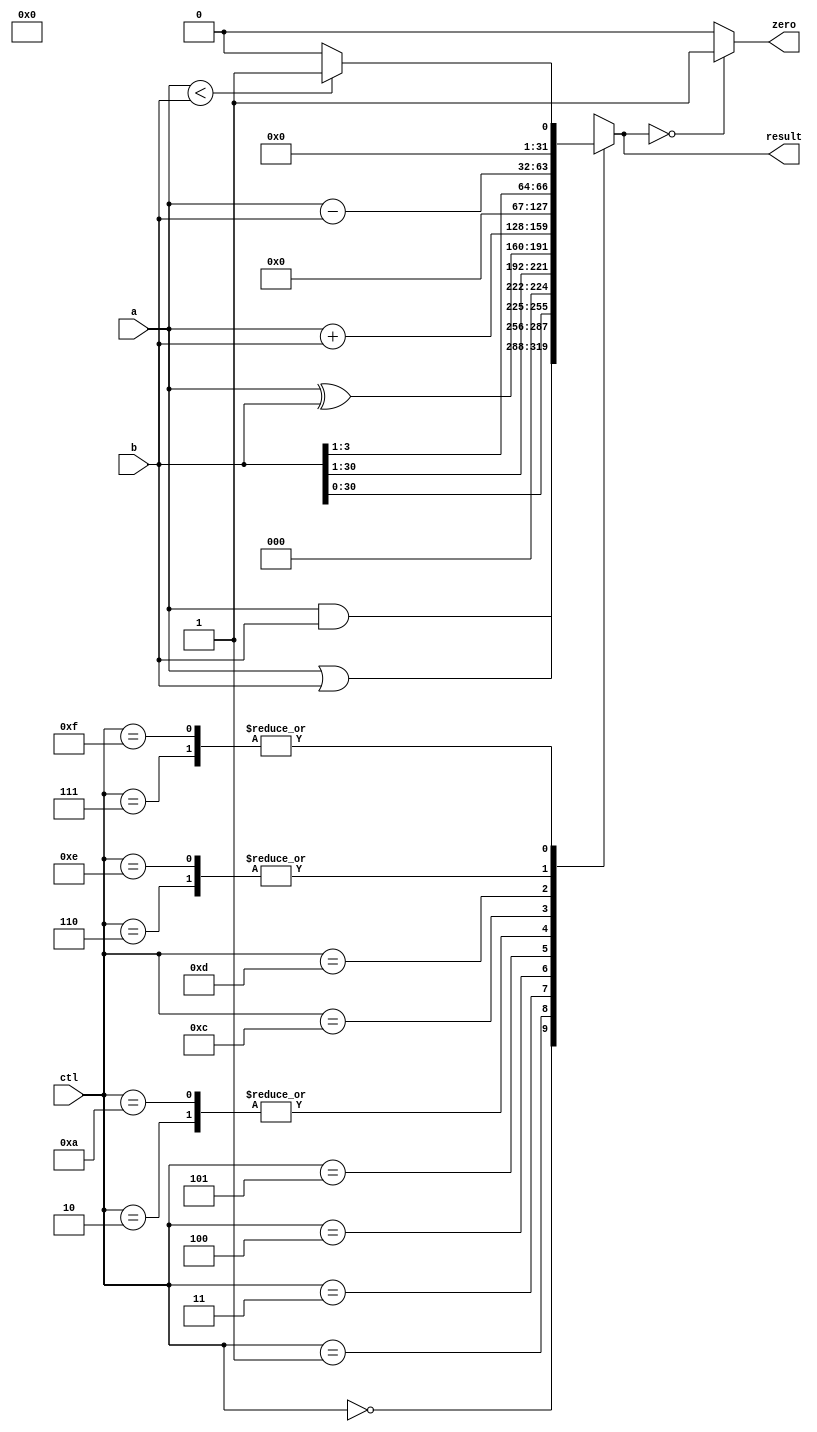

module ALU(a,b,ctl,result,zero); 

 input [31:0] a,b;         // port A,B 
 input [3:0] ctl ;			 // carry input from carry flag register 
 output [31:0] result;        // the result 
 output  zero ;            // zero output 
         // functionality control for ALU       // ALU result 

 assign result = alu_out(a,b,ctl); 
 assign zero   = z_flag(result) ; 
   reg [31:0] cin ; 

  initial
	begin
	cin = 32'b0;    
	
   end 
 
 function [31:0] alu_out; 
   input  [31:0] a,b ; 
   input  [3:0] ctl ; 

  


   case ( ctl ) 
       4'b0000: alu_out=a&b;                  // AND 
       4'b0001: alu_out=a|b ;         // OR
       4'b0010: alu_out=a+b ;         // ADDU
       4'b0011: alu_out={b[30:0],1'b0};                // SLL  
       4'b0100: alu_out={1'b0,b[30:1]};            // SRL 
       4'b0101: alu_out=a^b ;               // XOR
       4'b0110: alu_out=a-b;         // SUBU
       4'b0111: alu_out=(a < b)?32'd1:32'd0;                // SLT 
       4'b1010: alu_out=a+b;      // ADDS
       4'b1100: alu_out={b[3:0],cin};       //  
       4'b1101: alu_out={b[0],cin,b[3:1]};  // 
	   4'b1110: alu_out=a-b;       // SUBS
	   4'b1111: alu_out=(a < b)?32'd1:32'd0;       //SLTU 
	   
	   
	   


	   
         default : begin 
                     alu_out=9'bxxxxxxxxx; 
                   end     
     endcase  /* {...,...,...} is for the concatenation. 
                 {ADD_WITH_CARRY,SUB_WITH_BORROW}==2'b11 is used 
                 to force the CARRY==1 for the increment operation */   
   endfunction // end of function "result" 

  function z_flag ; 
  input [31:0] in ; 
    begin 
      if(in == 32'h0000)
		begin
			z_flag = 1'b1;
		end 
    else
    begin
      z_flag = 1'b0;
    end
    end 
  endfunction 

endmodule